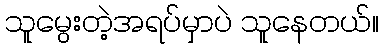
သူမွေးတဲ့အရပ်မှာပဲ သူနေတယ်။